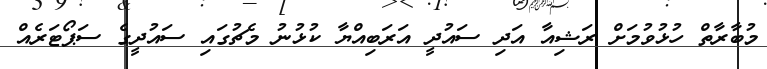
މުބާރާތް ހުޅުވުމަށް ރަޝިއާ އަދި ސައުދީ އަރަބިއްޔާ ކުޅުނު މެޗުގައި ސައުދީގެ ސަޕޯޓަރެއް